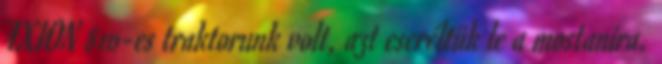
AXION 810-es traktorunk volt, azt cseréltük le a mostanira.